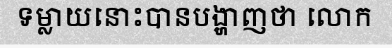
ទម្លាយនោះបានបង្ហាញថា លោក